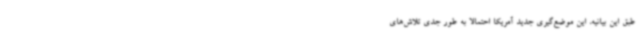
طبق این بیانیه، این موضع‌گیری جدید آمریکا احتمالا به طور جدی تلاش‌های